Annual administration report of the Civil Veterinary Department of India - 1897-1898
Year: 1897
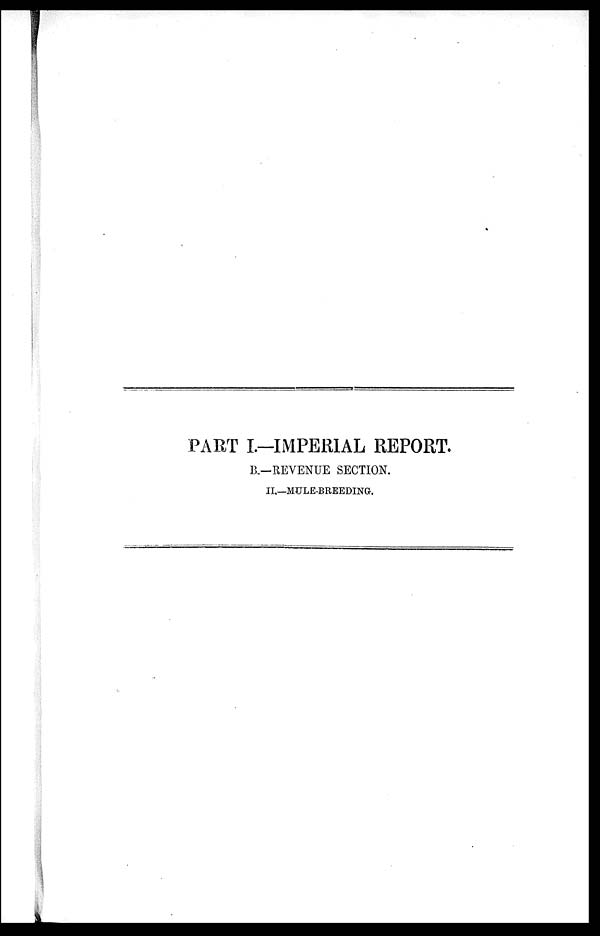
PART I.-IMPERIAL REPORT.
B.—REVENUE SECTION.
II.—MULE-BREEDING.